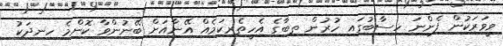
ވީވަރަކުން ފެންނަ ހިސާބުގައި ހުރުން ތިބާގެ އެހީތެރިކަމެއް އޭނާއަށް ބޭނުންވާ ކޮންމެ ހިނދަކު